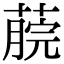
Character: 𦸌